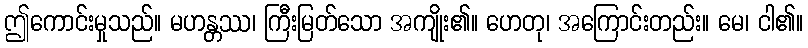
ဤကောင်းမှုသည်။ မဟန္တဿ၊ ကြီးမြတ်သော အကျိုး၏။ ဟေတု၊ အကြောင်းတည်း။ မေ၊ ငါ၏။